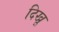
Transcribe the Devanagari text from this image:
दिखू